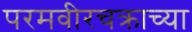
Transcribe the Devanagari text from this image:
परमवीरचक्राच्या